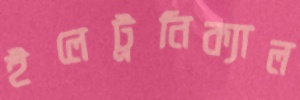
ইলেট্রনিক্যাল